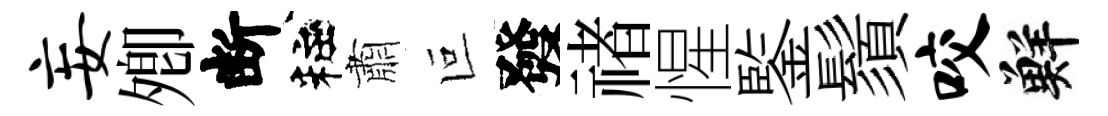
妄𡖖断粧肅叵發禇惺鍳鬚咬鮮